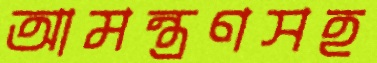
আমন্ত্রণসহ